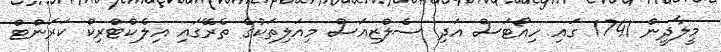
މީލާދީން 1741 ގައި ހިއޯޓަސް އަދި ސެލްޒިއަސް މިއަލިތަކުގެ ތެރޭގައި އިލެކްޓްރިކް ކަރަންޓް